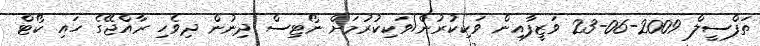
ތަފްސީލް 2009-06-23 ވަޒީފާއިން ވަކިކުރުން/ވަކިކުރުމަށް ނޯޓިސް ދިނުން ދިވެހި ރާއްޖޭގެ ހައި ކޯޓް